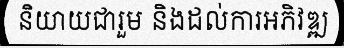
និយាយជារួម និងដល់ការអភិវឌ្ឍ